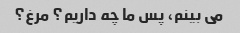
می بینم، پس ما چه داریم؟ مرغ؟